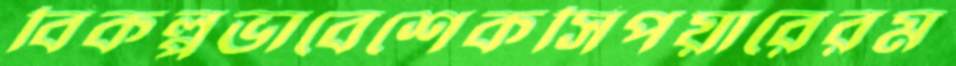
বিকল্পভাবেশেকসিপয়ারেরম